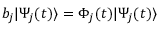
b _ { j } | \Psi _ { j } ( t ) \rangle = \Phi _ { j } ( t ) | \Psi _ { j } ( t ) \rangle